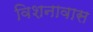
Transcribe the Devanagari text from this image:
विशनावास